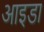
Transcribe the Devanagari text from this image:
आइडा